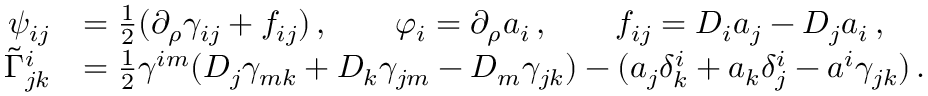
\begin{array} { r l } { \psi _ { i j } } & { = \frac { 1 } { 2 } ( \partial _ { \rho } \gamma _ { i j } + f _ { i j } ) \, , \qquad \varphi _ { i } = \partial _ { \rho } a _ { i } \, , \qquad f _ { i j } = D _ { i } a _ { j } - D _ { j } a _ { i } \, , } \\ { \tilde { \Gamma } ^ { i } _ { j k } } & { = \frac { 1 } { 2 } \gamma ^ { i m } ( D _ { j } \gamma _ { m k } + D _ { k } \gamma _ { j m } - D _ { m } \gamma _ { j k } ) - ( a _ { j } \delta ^ { i } _ { k } + a _ { k } \delta ^ { i } _ { j } - a ^ { i } \gamma _ { j k } ) \, . } \end{array}